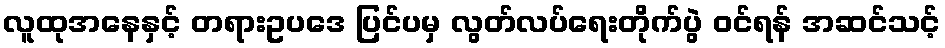
လူထုအနေနှင့် တရားဥပဒေ ပြင်ပမှ လွတ်လပ်ရေးတိုက်ပွဲ ဝင်ရန် အဆင်သင့်